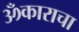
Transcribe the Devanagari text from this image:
ॐकाराचा